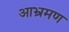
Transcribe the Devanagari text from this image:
आभ्रमण